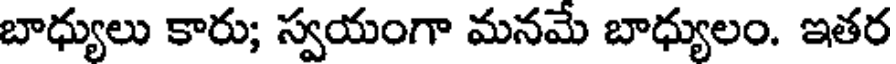
బాధ్యులు కారు; స్వయంగా మనమే బాధ్యులం. ఇతర